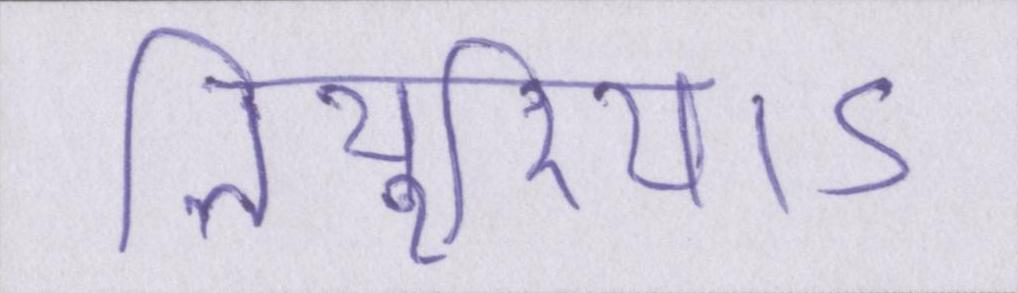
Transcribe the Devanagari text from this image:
तियुरियाऽ